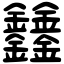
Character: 𨰻